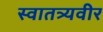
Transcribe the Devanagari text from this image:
स्वातत्र्यवीर